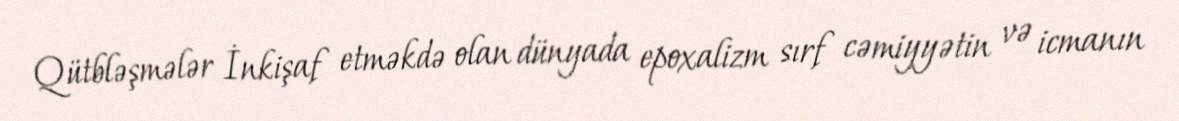
Qütbləşmələr İnkişaf etməkdə olan dünyada epoxalizm sırf cəmiyyətin və icmanın